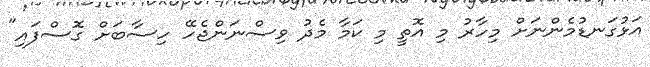
އަޅުގަނޑުމެންނަށް މިހާރު މި އޮތީ މި ކަމާ މެދު ވިސްނަންޖެހޭ ހިސާބަށް ގޮސްފައި"